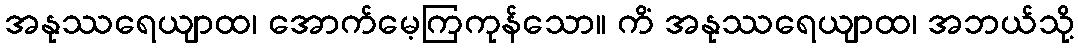
အနုဿရေယျာထ၊ အောက်မေ့ကြကုန်သော။ ကိံ အနုဿရေယျာထ၊ အဘယ်သို့